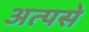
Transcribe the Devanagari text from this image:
अत्पसे